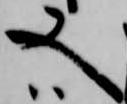
又